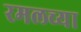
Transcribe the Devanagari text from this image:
रमलच्या